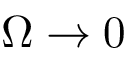
\Omega \rightarrow 0